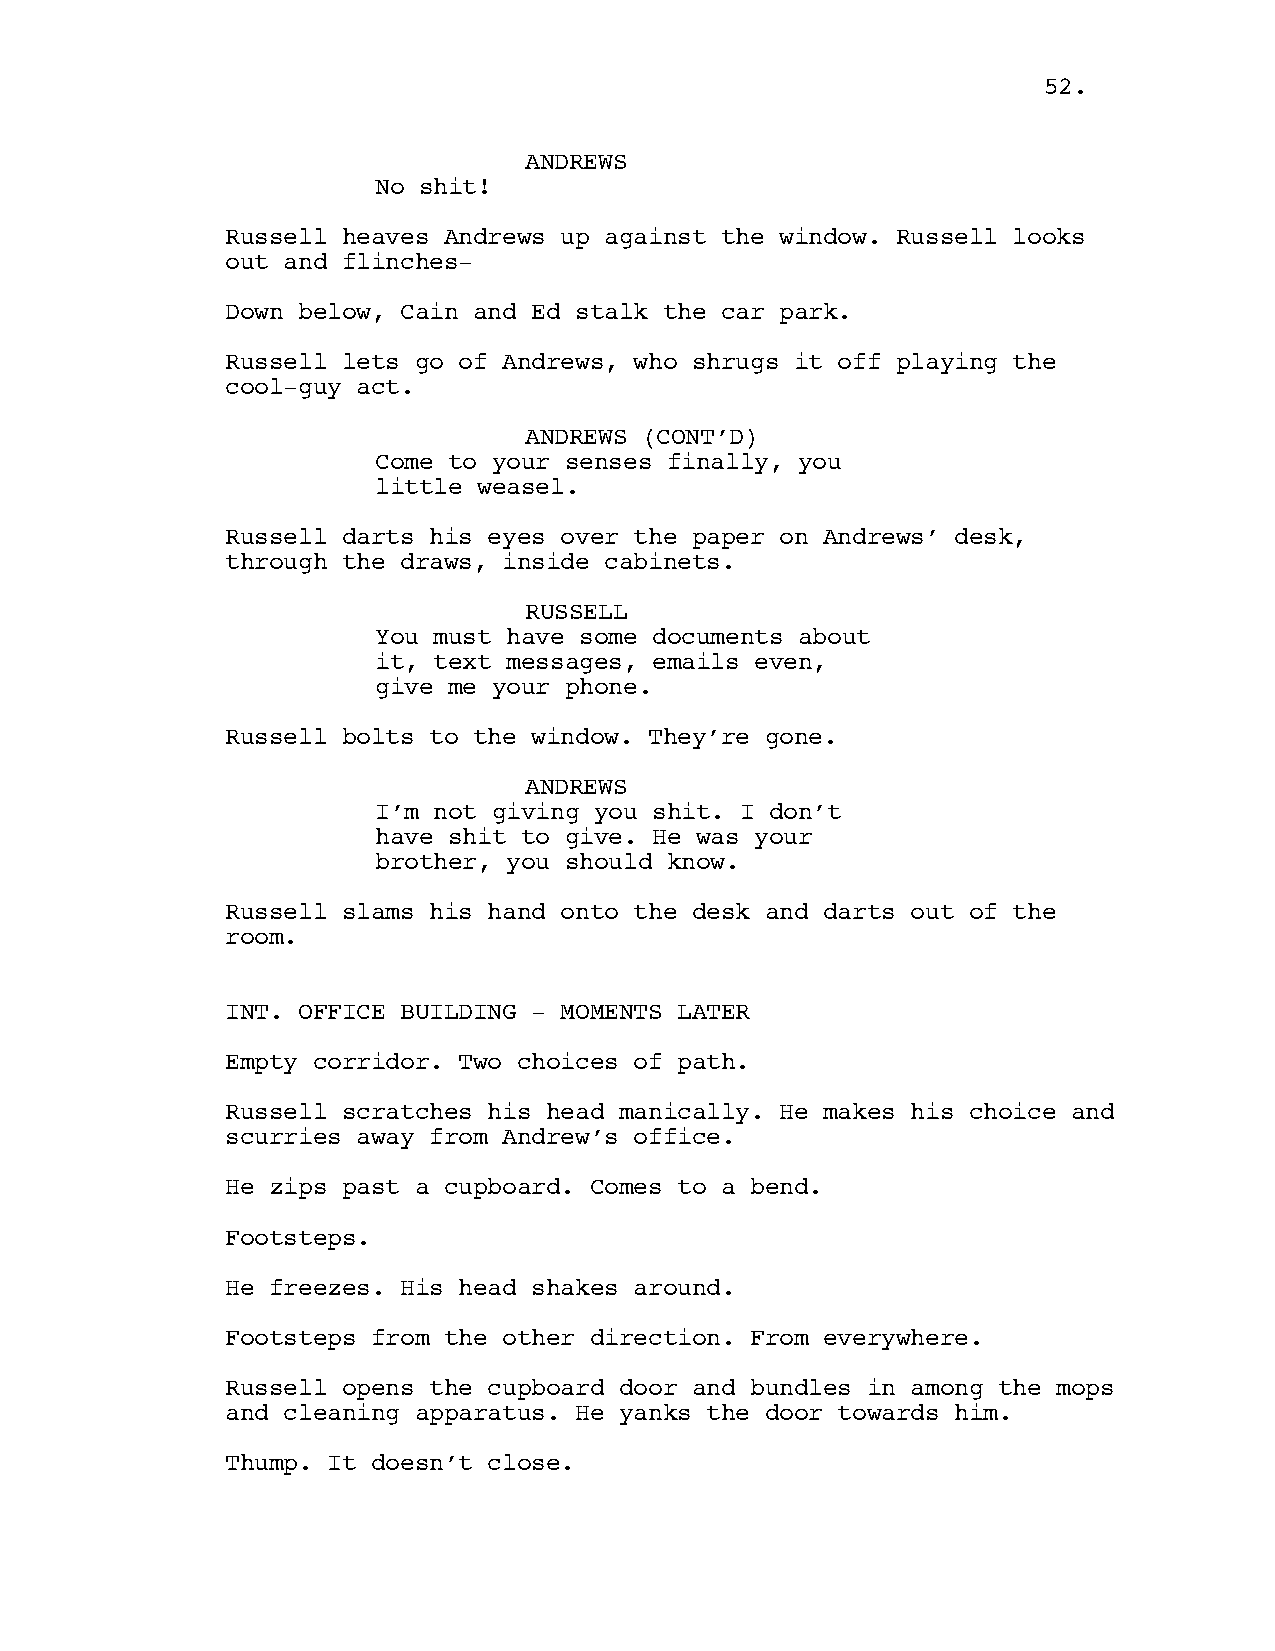
52.
 ANDREWS
 No shit!
 Russell heaves Andrews up against the window. Russell looks
 out and flinches-
 Down below, Cain and Ed stalk the car park.
 Russell lets go of Andrews, who shrugs it off playing the
 cool-guy act.
 ANDREWS (CONT’D)
 Come to your senses finally, you
 little weasel.
 Russell darts his eyes over the paper on Andrews’ desk,
 through the draws, inside cabinets.
 RUSSELL
 You must have some documents about
 it, text messages, emails even,
 give me your phone.
 Russell bolts to the window. They’re gone.
 ANDREWS
 I’m not giving you shit. I don’t
 have shit to give. He was your
 brother, you should know.
 Russell slams his hand onto the desk and darts out of the
 room.
 INT. OFFICE BUILDING - MOMENTS LATER
 Empty corridor. Two choices of path.
 Russell scratches his head manically. He makes his choice and
 scurries away from Andrew’s office.
 He zips past a cupboard. Comes to a bend.
 Footsteps.
 He freezes. His head shakes around.
 Footsteps from the other direction. From everywhere.
 Russell opens the cupboard door and bundles in among the mops
 and cleaning apparatus. He yanks the door towards him.
 Thump. It doesn’t close.